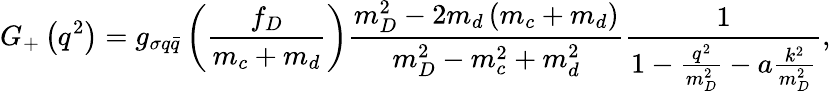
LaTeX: G_{+}\left(q^{2}\right)=g_{\sigma q\bar{q}}\left(\frac{f_{D}}{m_{c}+m_{d}}\right)\frac{m_{D}^{2}-2m_{d}\left(m_{c}+m_{d}\right)}{m_{D}^{2}-m_{c}^{2}+m_{d}^{2}}\frac 1{1-\frac{q^{2}}{m_{D}^{2}}-a\frac{k^{2}}{m_{D}^{2}}},